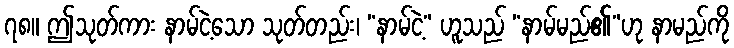
၇၈။ ဤသုတ်ကား နာမ်ငဲ့သော သုတ်တည်း၊ “နာမ်ငဲ့” ဟူသည် “နာမ်မည်၏”ဟု နာမည်ကို